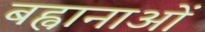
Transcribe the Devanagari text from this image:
बह्वानाओं